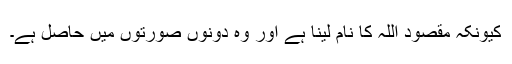
کیونکہ مقصود اللہ کا نام لینا ہے اور وہ دونوں صورتوں میں حاصل ہے۔